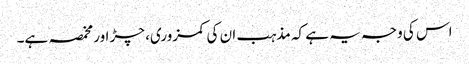
اس کی وجہ یہ ہے کہ مذہب ان کی کمزوری، چڑ اور مخمصہ ہے۔